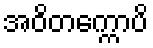
အဝိတက္ကောပိ